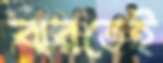
ঝরতেই